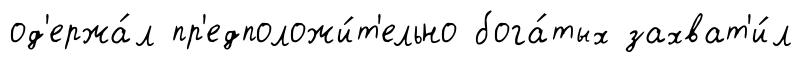
од'ержа́л пр'едположи́т'ельно бога́тых захват'и́л